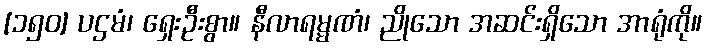
[၁၅၀] ပဌမံ၊ ရှေးဦးစွာ။ နီလာရမ္မဏံ၊ ညိုသော အဆင်းရှိသော အာရုံကို။